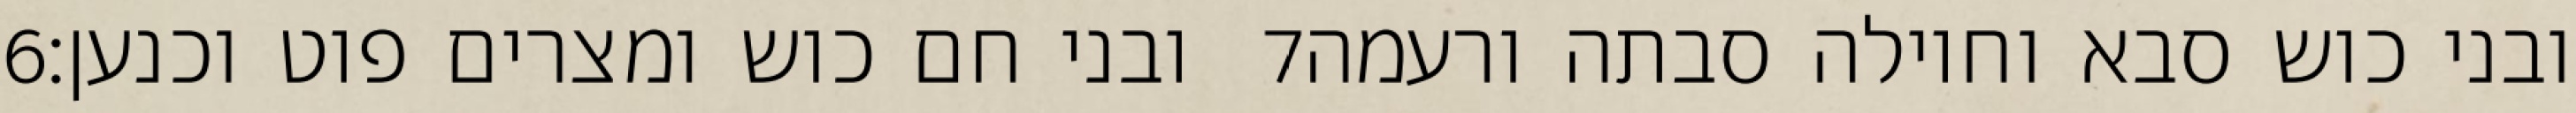
‎6‏ ובני חם כוש ומצרים פוט וכנען׃ ‎7‏ ובני כוש סבא וחוילה סבתה ורעמה